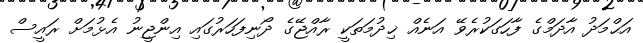
އަޙްމަދު އާދަމްގެ ފާހަގަކުރެވޭ އަނެއް ޚިދުމަތަކީ ރާއްޖޭގެ ދޯނިފަހަރުގައި އިންޖީނު އެޅުމަށް ރައީސް